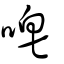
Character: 唕